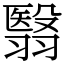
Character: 翳